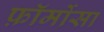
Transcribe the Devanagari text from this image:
फ़ॉर्मोसा